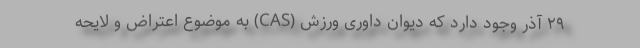
۲۹ آذر وجود دارد که دیوان داوری ورزش (CAS) به موضوع اعتراض و لایحه